Civil Veterinary Department. United Provinces 1932-42 - 1932-1942
Year: 1932
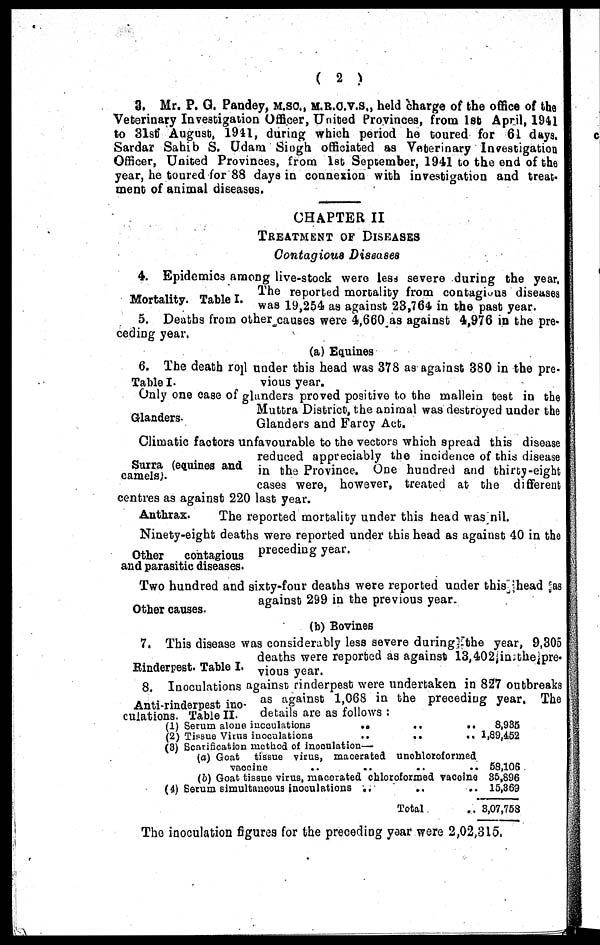
(2)
3. Mr. P. G. Pandey, M.SC., M.R.C.V.S., held charge of the office of the
Veterinary Investigation Officer, United Provinces, from 1st April, 1941
to 31st August, 1941, during which period he toured for 61 days,
Sardar Sahib S. Udam Singh officiated as Veterinary Investigation
Officer, United Provinces, from 1st September, 1941 to the end of the
year, he toured for 88 days in connexion with investigation and treat-
ment of animal diseases.
CHAPTER II
TREATMENT OF DISEASES
Contagious Diseases
Mortality. Table I.
4. Epidemics among live-stock were less severe during the year,
The reported mortality from contagious diseases
was 19,254 as against 23,764 in the past year.
5. Deaths from other causes were 4,660 as against 4,976 in the pre-
ceding year.
(a) Equines
Table I.
6. The death roll under this head was 378 as against 380 in the pre-
vious year.
Glanders-
Only one case of glanders proved positive to the mallein test in the
Muttra District, the animal was destroyed under the
Glanders and Farcy Act.
Surra (equines and
camels).
Climatic factors unfavourable to the vectors which spread this disease
reduced appreciably the incidence of this disease
in the Province. One hundred and thirty-eight
cases were, however, treated at the different
centres as against 220 last year.
Anthrax.
The reported mortality under this head was nil.
Other
contagious
and parasitic diseases.
Ninety-eight deaths were reported under this head as against 40 in the
preceding year.
Other causes-
Two hundred and sixty-four deaths were reported under this head as
against 299 in the previous year.
(b) Bovines
Rinderpest. Table I.
7. This disease was considerably less severe during the year, 9,305
deaths were reported as against 13,402;in.the^pre-
vious year.
Anti-rinderpest ino-
culations. Table II-
8. Inoculations against rinderpest were undertaken in827 outbreak
as against 1,068 in the preceding year. The
details are as follows :
(1) Serum alone inoculations
..
..
..
(2) Tissue Virus inoculations
..
..
..
(3) Scarification method of Inooulation—
(a) Goat tissue virus, macerated unoblotoformed
vaocinc .. .. .. ..
(b) Goat tissue virus, macoratcd chloroformed vacolne
(4) Serum simultaneous inoculations
..
..
..
Total ..
8,935
l,89,452
58,106
35,896
15,369
3,07,758
The inoculation figures for the preceding year were 2,02,315.